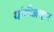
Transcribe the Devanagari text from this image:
यांनीजव्हार